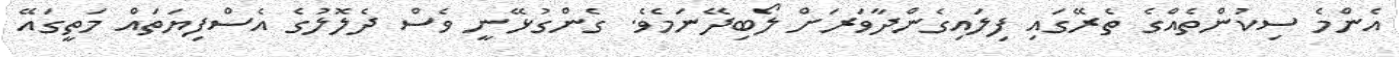
އެންމެ ސިކުންތެއްގެ ތެރޭގައި ފިލައިގެންދާވަރަށް ލޯބިދޭނަމެވެ. ގެންގުޅޭނީ ވެސް ދެލޮލުގެ އެސްފިޔަތައް މަތީގައޭ